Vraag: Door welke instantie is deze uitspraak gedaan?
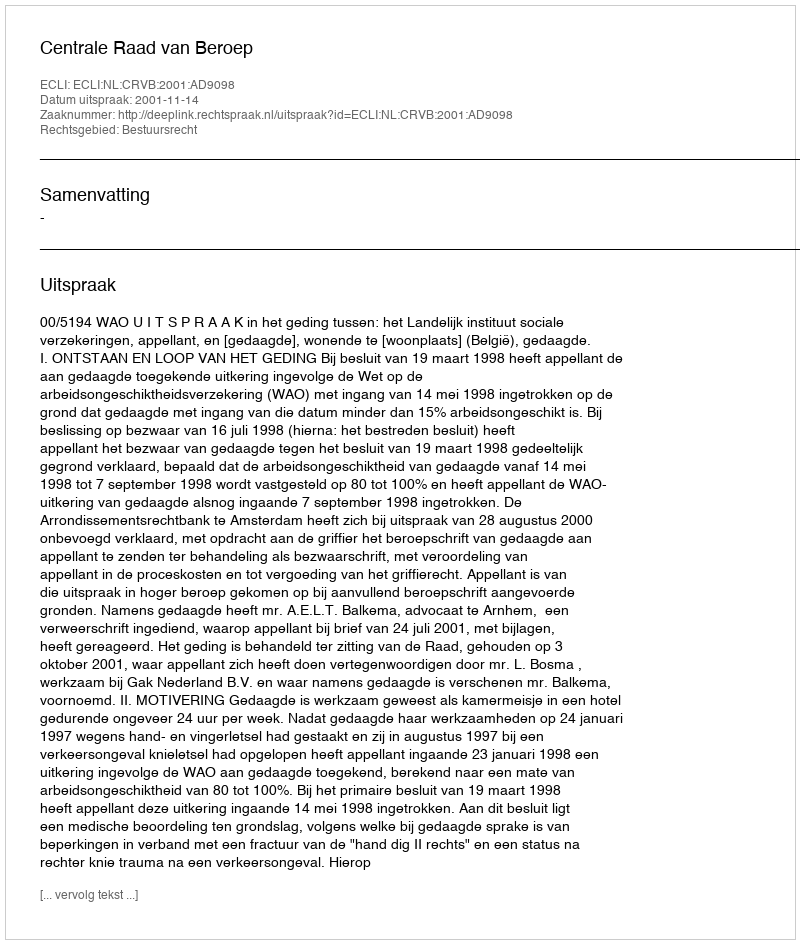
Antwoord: Centrale Raad van Beroep